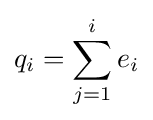
q_{i}=\sum _{j=1}^{i}e_{i}